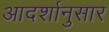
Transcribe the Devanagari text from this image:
आदर्शानुसार